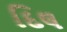
દિલ